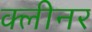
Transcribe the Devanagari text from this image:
क्‍लीनर